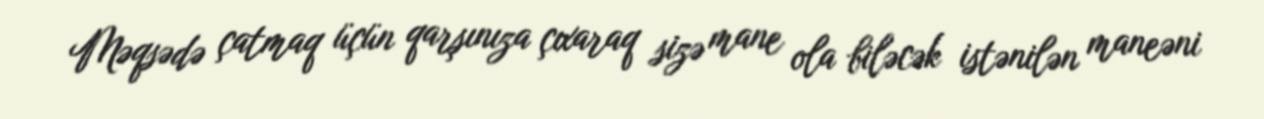
Məqsədə çatmaq üçün qarşınıza çıxaraq sizə mane ola biləcək istənilən maneəni